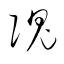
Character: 隗